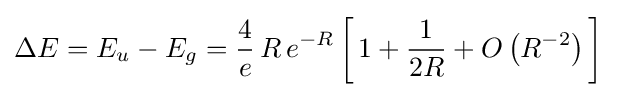
\Delta E=E_{u}-E_{g}={\frac {4}{e}}\,R\,e^{-R}\left[\,1+{\frac {1}{2R}}+O\left(R^{-2}\right)\,\right]